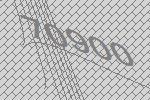
70900